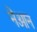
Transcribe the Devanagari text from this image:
नेओन